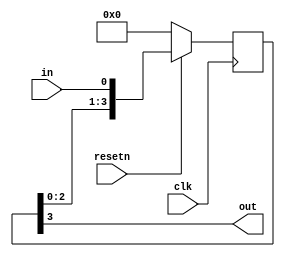
module top_module (
	input clk,
	input resetn,
	input in,
	output out
);

	reg [3:0] sr;
	
	// Create a shift register named sr. It shifts in "in".
	always @(posedge clk) begin
		if (~resetn)		// Synchronous active-low reset
			sr <= 0;
		else 
			sr <= {sr[2:0], in};
	end
	
	assign out = sr[3];		// Output the final bit (sr[3])

endmodule